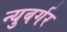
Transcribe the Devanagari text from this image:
न्युबर्गर